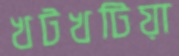
খটখটিয়া